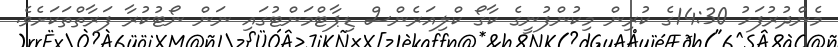
މެންދުރުފަހު 14:30ގެ ކުރިން މިކުންފުނީގެ ކާގޯ ކްލިއަރެންސް ޑިޕާޓްމަންޓުގައި ނަން ނޯޓުކުރާ ފަރާތްތަކަށެވެ.